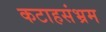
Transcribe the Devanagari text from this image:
कटाहसंभ्रम